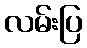
လမ်းပြ